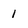
Character: 1